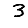
Digit: 3